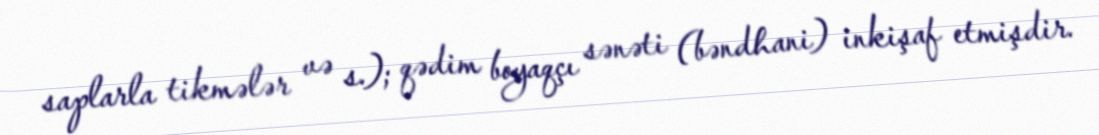
saplarla tikmələr və s.); qədim boyaqçı sənəti (bəndhani) inkişaf etmişdir.